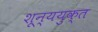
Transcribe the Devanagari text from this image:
शून्ययुक्त